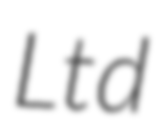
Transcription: Ltd